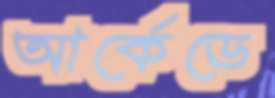
আর্কেডে